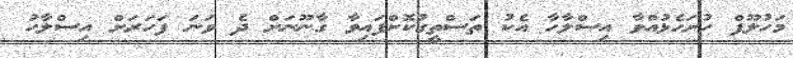
މަހުލޫފް ހުށަހެޅުއްވާ އިސްލާހާ އެކު ތަސްތީގުކޮށްފައިވާ ގާނޫނަށް ދެ ވަނަ ފަހަރަށް އިސްލާހު